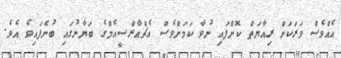
އެއްވެސް ވަރަކަށް ރިއާޔަތް ކޮށްފައި ނުވާ ކަމަށްވެސް އެޗްއާރްސީއެމްގެ ބަޔާނުގައި ބުނެފައިވެ އެވެ.